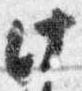
此